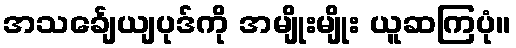
အသင်္ချေယျပုဒ်ကို အမျိုးမျိုး ယူဆကြပုံ။